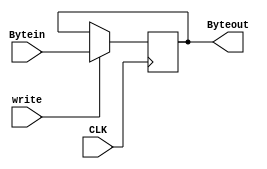
`timescale 1ns / 1ps
//////////////////////////////////////////////////////////////////////////////////
// Company: 
// Engineer: 
// 
// Design Name: 
// Module Name: register
// Project Name: 
// Target Devices: 
// Tool Versions: 
// Description: 
// Register with 11 bits.
// Dependencies: 
// 
// Revision:
// Revision 0.01 - File Created
// Additional Comments:
// 
//////////////////////////////////////////////////////////////////////////////////


module BHTregister(
    input CLK,write,
    input [10:0] Bytein,
    output [10:0] Byteout
    );
    reg [10:0]ByteMemo;
    always@(posedge CLK)
    if(write == 1)ByteMemo <= Bytein;
    
    assign Byteout = ByteMemo;

    initial
    begin
        ByteMemo = 11'b0;
    end
endmodule